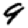
Digit: 9